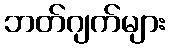
ဘတ်ဂျက်များ